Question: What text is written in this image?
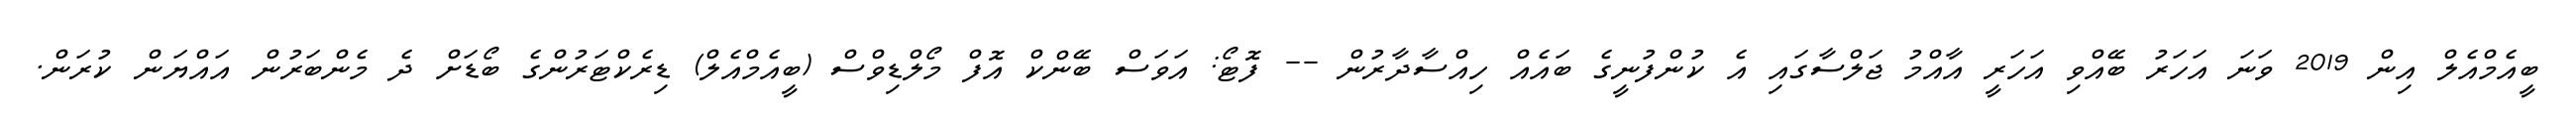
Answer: ބީއެމްއެލް އިން 2019 ވަނަ އަހަރު ބޭއްވި އަހަރީ އާއްމު ޖަލްސާގައި އެ ކުންފުނީގެ ބައެއް ހިއްސާދާރުން -- ފޮޓޯ: އަވަސް ބޭންކް އޮފް މޯލްޑިވްސް (ބީއެމްއެލް) ޑިރެކްޓަރުންގެ ބޯޑަށް ދެ މެންބަރުން އައްޔަން ކުރަން.